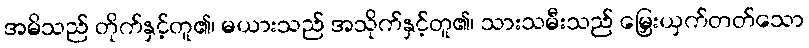
အမိသည် တိုက်နှင့်တူ၏၊ မယားသည် အသိုက်နှင့်တူ၏၊ သားသမီးသည် မြှေးယှက်တတ်သော